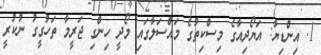
1. އިންޑިޔާ: އަޔޯދިއާގެ މިސްކިތުގެ މައްސަލާގައި މޯދީ ހިންގި ޖަރީމާ ތަހުގީގު ނުކުރީ